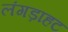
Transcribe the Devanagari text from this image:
लंगड़ाहट